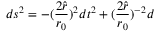
d s ^ { 2 } = - ( { \frac { 2 \hat { r } } { r _ { 0 } } } ) ^ { 2 } d t ^ { 2 } + ( { \frac { 2 \hat { r } } { r _ { 0 } } } ) ^ { - 2 } d